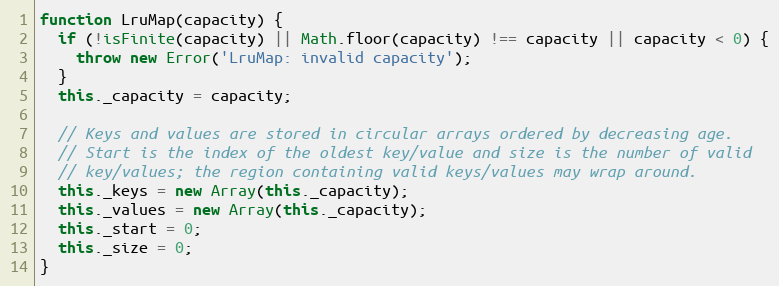
Language: JavaScript
function LruMap(capacity) {
  if (!isFinite(capacity) || Math.floor(capacity) !== capacity || capacity < 0) {
    throw new Error('LruMap: invalid capacity');
  }
  this._capacity = capacity;

  // Keys and values are stored in circular arrays ordered by decreasing age.
  // Start is the index of the oldest key/value and size is the number of valid
  // key/values; the region containing valid keys/values may wrap around.
  this._keys = new Array(this._capacity);
  this._values = new Array(this._capacity);
  this._start = 0;
  this._size = 0;
}